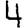
Digit: 4